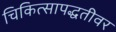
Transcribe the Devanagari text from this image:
चिकित्सापद्धतीवर